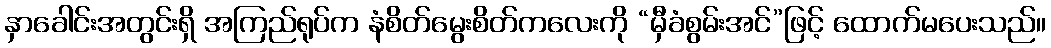
နှာခေါင်းအတွင်းရှိ အကြည်ရုပ်က နံစိတ်မွေးစိတ်ကလေးကို “မှီခံစွမ်းအင်”ဖြင့် ထောက်မပေးသည်။